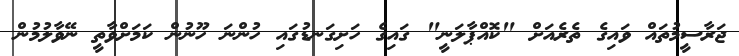
ޖަރާސީމުތައް ވައިގެ ތެރެއަށް "ކޮއްޕާލަނީ" ގައިގެ ހަށިގަނޑުގައި ހުންނަ ހޫނުން ކަމަށްވާތީ ނޭވާލުމުން